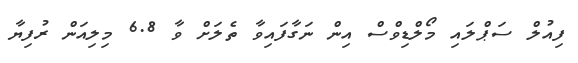
ފިއުލް ސަޕްލައި މޯލްޑިވްސް އިން ނަގާފައިވާ ތެލަށް ވާ 6.8 މިލިއަން ރުފިޔާ